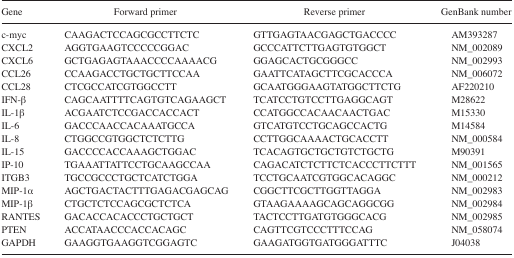
<table><thead><tr><td><b>Gene</b></td><td><b>Forward primer</b></td><td><b>Reverse primer</b></td><td><b>GenBank number</b></td></tr></thead><tbody><tr><td>c-myc</td><td>CAAGACTCCAGCGCCTTCTC</td><td>GTTGAGTAACGAGCTGACCCC</td><td>AM393287</td></tr><tr><td>CXCL2</td><td>AGGTGAAGTCCCCCGGAC</td><td>GCCCATTCTTGAGTGTGGCT</td><td>NM_002089</td></tr><tr><td>CXCL6</td><td>GCTGAGAGTAAACCCCAAAACG</td><td>GGAGCACTGCGGGCC</td><td>NM_002993</td></tr><tr><td>CCL26</td><td>CCAAGACCTGCTGCTTCCAA</td><td>GAATTCATAGCTTCGCACCCA</td><td>NM_006072</td></tr><tr><td>CCL28</td><td>CTCGCCATCGTGGCCTT</td><td>GCAATGGGAAGTATGGCTTCTG</td><td>AF220210</td></tr><tr><td>IFN-β</td><td>CAGCAATTTTCAGTGTCAGAAGCT</td><td>TCATCCTGTCCTTGAGGCAGT</td><td>M28622</td></tr><tr><td>IL-1β</td><td>ACGAATCTCCGACCACCACT</td><td>CCATGGCCACAACAACTGAC</td><td>M15330</td></tr><tr><td>IL-6</td><td>GACCCAACCACAAATGCCA</td><td>GTCATGTCCTGCAGCCACTG</td><td>M14584</td></tr><tr><td>IL-8</td><td>CTGGCCGTGGCTCTCTTG</td><td>CCTTGGCAAAACTGCACCTT</td><td>NM_000584</td></tr><tr><td>IL-15</td><td>GACCCCACCAAAGCTGGAC</td><td>TCACAGTGCTGCTGTCTGCTG</td><td>M90391</td></tr><tr><td>IP-10</td><td>TGAAATTATTCCTGCAAGCCAA</td><td>CAGACATCTCTTCTCACCCTTCTTT</td><td>NM_001565</td></tr><tr><td>ITGB3</td><td>TGCCGCCCTGCTCATCTGGA</td><td>TCCTGCAATCGTGGCACAGGC</td><td>NM_000212</td></tr><tr><td>MIP-1α</td><td>AGCTGACTACTTTGAGACGAGCAG</td><td>CGGCTTCGCTTGGTTAGGA</td><td>NM_002983</td></tr><tr><td>MIP-1β</td><td>CTGCTCTCCAGCGCTCTCA</td><td>GTAAGAAAAGCAGCAGGCGG</td><td>NM_002984</td></tr><tr><td>RANTES</td><td>GACACCACACCCTGCTGCT</td><td>TACTCCTTGATGTGGGCACG</td><td>NM_002985</td></tr><tr><td>PTEN</td><td>ACCATAACCCACCACAGC</td><td>CAGTTCGTCCCTTTCCAG</td><td>NM_058074</td></tr><tr><td>GAPDH</td><td>GAAGGTGAAGGTCGGAGTC</td><td>GAAGATGGTGATGGGATTTC</td><td>J04038</td></tr></tbody></table>